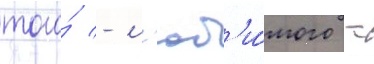
того́ - л'юб'и́мого -